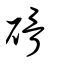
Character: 磆